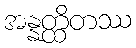
အန္နတ္ထိတဿ